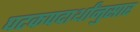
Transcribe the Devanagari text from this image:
घटकपदार्थांनुसार